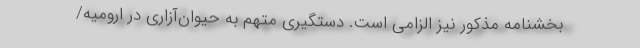
بخشنامه مذکور نیز الزامی است. دستگیری متهم به حیوان‌آزاری در ارومیه/